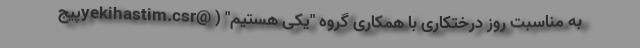
به مناسبت روز درختکاری با همکاری گروه "یکی هستیم" ( @yekihastim.csrپیج